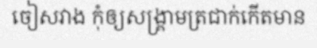
ចៀសវាង កុំឲ្យសង្គ្រាមត្រជាក់កើតមាន